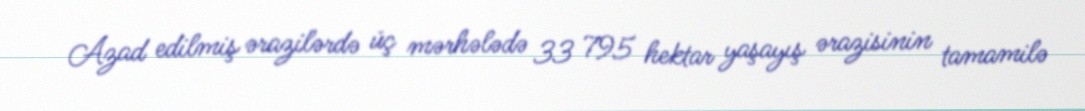
Azad edilmiş ərazilərdə üç mərhələdə 33 795 hektar yaşayış ərazisinin tamamilə